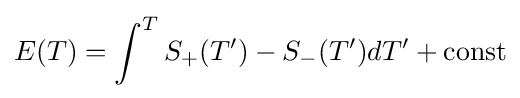
E(T)=\int ^{T}S_{+}(T')-S_{-}(T')dT'+\mathrm {const}